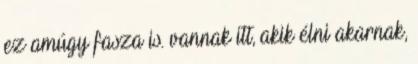
ez amúgy fasza is. vannak itt, akik élni akarnak,